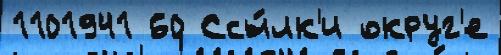
1101941 60 Ссы́лк'и округ'е